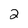
Character: 2